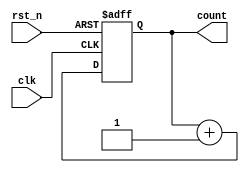
module synchronous_counter (
    input wire clk,          // Clock input
    input wire rst_n,       // Active-low reset
    output reg [3:0] count  // 4-bit counter output
);

// Initial block to set the initial state of the counter
initial begin
    count = 4'b0000; // Initialize count to 0
end

// Always block sensitive to the positive edge of the clock
always @(posedge clk or negedge rst_n) begin
    if (!rst_n) begin
        // Reset condition: clear the counter
        count <= 4'b0000;
    end else begin
        // Increment the counter on clock edge
        count <= count + 1;
    end
end

endmodule